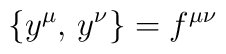
\bigl\{y^\mu,\,y^\nu\bigr\}=f^{\mu\nu}